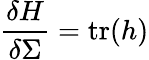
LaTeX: \frac{\delta H}{\delta\Sigma}=\mathrm{tr}(h)